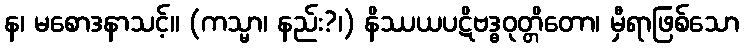
န၊ မစောဒနာသင့်။ (ကသ္မာ၊ နည်း?၊) နိဿယပဋိဗဒ္ဓဝုတ္တိတော၊ မှီရာဖြစ်သော